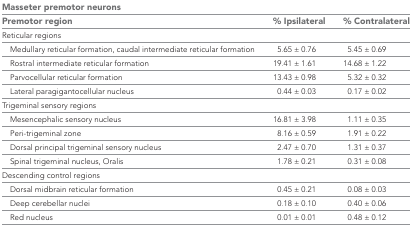
<table><thead><tr><td colspan="3"><b>Masseter premotor neurons</b></td></tr><tr><td><b>Premotor region</b></td><td><b>% Ipsilateral</b></td><td><b>% Contralateral</b></td></tr></thead><tbody><tr><td colspan="3">Reticular regions</td></tr><tr><td> Medullary reticular formation, caudal intermediate reticular formation</td><td>5.65 ± 0.76</td><td>5.45 ± 0.69</td></tr><tr><td> Rostral intermediate reticular formation</td><td>19.41 ± 1.61</td><td>14.68 ± 1.22</td></tr><tr><td> Parvocellular reticular formation</td><td>13.43 ± 0.98</td><td>5.32 ± 0.32</td></tr><tr><td> Lateral paragigantocellular nucleus</td><td>0.44 ± 0.03</td><td>0.17 ± 0.02</td></tr><tr><td colspan="3">Trigeminal sensory regions</td></tr><tr><td> Mesencephalic sensory nucleus</td><td>16.81 ± 3.98</td><td>1.11 ± 0.35</td></tr><tr><td> Peri-trigeminal zone</td><td>8.16 ± 0.59</td><td>1.91 ± 0.22</td></tr><tr><td> Dorsal principal trigeminal sensory nucleus</td><td>2.47 ± 0.70</td><td>1.31 ± 0.37</td></tr><tr><td> Spinal trigeminal nucleus, Oralis</td><td>1.78 ± 0.21</td><td>0.31 ± 0.08</td></tr><tr><td colspan="3">Descending control regions</td></tr><tr><td> Dorsal midbrain reticular formation</td><td>0.45 ± 0.21</td><td>0.08 ± 0.03</td></tr><tr><td> Deep cerebellar nuclei</td><td>0.18 ± 0.10</td><td>0.40 ± 0.06</td></tr><tr><td> Red nucleus</td><td>0.01 ± 0.01</td><td>0.48 ± 0.12</td></tr></tbody></table>